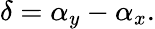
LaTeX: \delta=\alpha_{y}-\alpha_{x}.